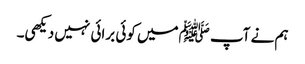
ہم نے آپ ﷺمیں کوئی برائی نہیں دیکھی۔